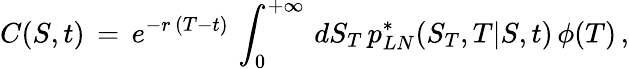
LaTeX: C(S,t)\, =\, e^{-r\, (T-t)}\, \int_{0}^{+\infty}\, dS_{T}\, p_{LN}^{*}(S_{T},T|S,t)\, \phi(T)\, ,